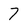
Character: 7